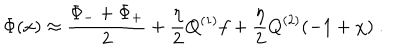
LaTeX: \Phi ( x ) \approx { \frac { \Phi _ { - } + \Phi _ { + } } { 2 } } + { \frac { \eta } { 2 } } Q ^ { ( 1 ) } f + { \frac { \eta } { 2 } } Q ^ { ( 2 ) } ( - 1 + \chi ) \ .